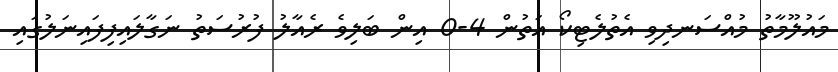
މައުލޫމާތު މުއްސަނދިވި އެތުލެޓިކޯ އަތުން 4-0 އިން ބަލިވެ ރެއާލު ފުރުސަތު ނަގާލައިފިފައިނަލުގައި